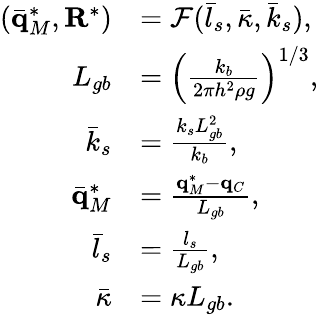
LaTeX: \begin{array}{rl}{(\bar{\mathbf q}_{M}^{*},\mathbf R^{*})}&{=\mathcal{F}(\bar{l}_{s},\bar{\kappa},\bar{k}_{s}),}\\ {L_{gb}}&{=\left(\frac{k_{b}}{2\pi h^{2}\rho g}\right)^{1/3},}\\ {\bar{k}_{s}}&{=\frac{k_{s}L_{gb}^{2}}{k_{b}},}\\ {\bar{\mathbf q}_{M}^{*}}&{=\frac{\mathbf q_{M}^{*}-\mathbf q_{C}}{L_{gb}},}\\ {\bar{l}_{s}}&{=\frac{l_{s}}{L_{gb}},}\\ {\bar{\kappa}}&{=\kappa L_{gb}.}\end{array}